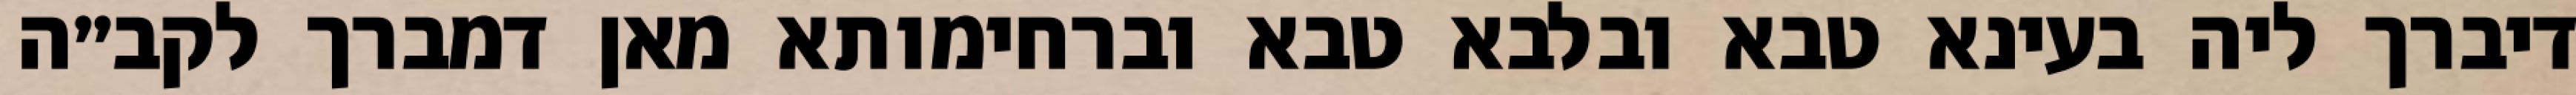
דיברך ליה בעינא טבא ובלבא טבא וברחימותא מאן דמברך לקב״ה